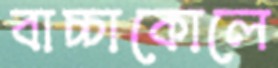
বাচ্চাকোলে